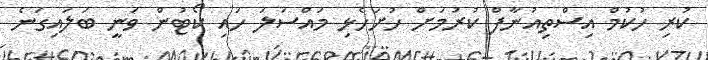
ކުރި ހުކުމް އިސްތިއުނާފް ކުރުމަށް ހުށަހެޅި މައްސަލަ ހައި ކޯޓުން ވަނީ ބަލައިގަނެ